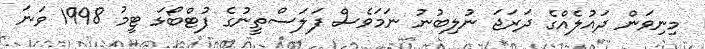
މިނިވަން ދައުލެއްގެ ދަރަޖަ ނުލިބުނު ނަމަވެސް ފަލަސްތީނުގެ ފުޓްބޯޅަ ޓީމު 1998 ވަނަ